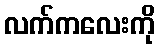
လက်ကလေးကို